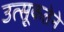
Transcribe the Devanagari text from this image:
उत्सूकतेने